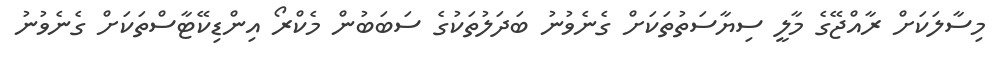
މިސާލަކަށް ރާއްޖޭގެ މާލީ ސިޔާސަތުތަކަށް ގެނެވުނު ބަދަލުތަކުގެ ސަބަބުން މެކްރޯ އިންޑިކޭޓާސްތަކަށް ގެނެވުނު